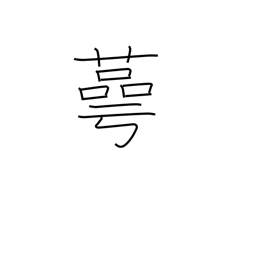
Meaning: cup